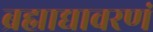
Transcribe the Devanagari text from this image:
ब्रह्माद्यावरणं